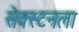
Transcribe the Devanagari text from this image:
सेक्स्टनला